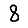
Digit: 8